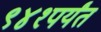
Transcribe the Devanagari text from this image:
९४१पर्यंत